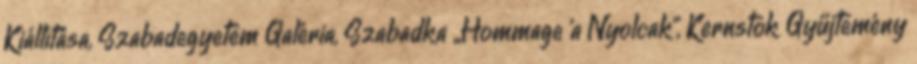
Kiállítása, Szabadegyetem Galéria, Szabadka „Hommage ’a Nyolcak”, Kernstok Gyűjtemény